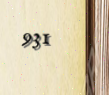
931